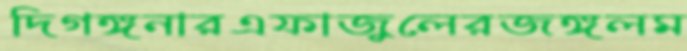
দিগঙ্গনারএফাজুলেরজঙ্গলম